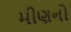
મીણનો